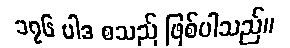
၁၇၆ ပါဒ စသည် ဖြစ်ပါသည်။